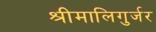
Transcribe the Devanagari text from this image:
श्रीमालिगुर्जर